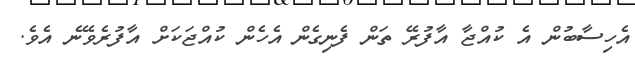
އެހިސާބުން އެ ކުއްޖާ އާފުރޭ ތަން ފެނިގެން އެހެން ކުއްޖަކަށް އާފުރެވޭނެ އެވެ.